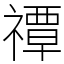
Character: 禫